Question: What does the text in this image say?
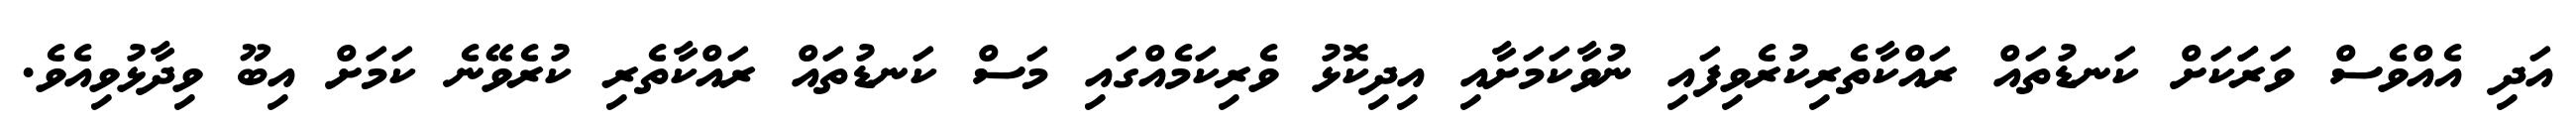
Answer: އަދި އެއްވެސް ވަރަަކަށް ކަނޑުތައް ރައްކާތެރިކުރެވިފައި ނުވާކަމަށާއި އިދިކޮޅު ވެރިކަމެއްގައި މަސް ކަނޑުތައް ރައްކާތެރި ކުރެވޭނެ ކަމަށް އިބޫ ވިދާޅުވިއެވެ.